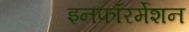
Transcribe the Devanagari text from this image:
इनफॉरर्मेशन